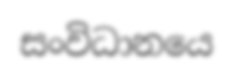
සංවිධානයෙ